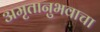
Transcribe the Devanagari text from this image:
अमृतानुभवाचा